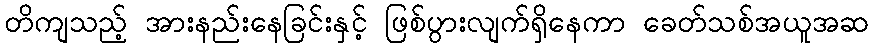
တိကျသည့် အားနည်းနေခြင်းနှင့် ဖြစ်ပွားလျက်ရှိနေကာ ခေတ်သစ်အယူအဆ